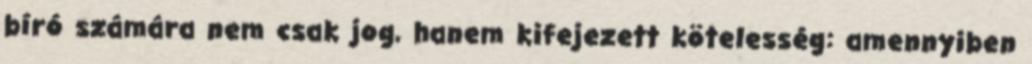
bíró számára nem csak jog, hanem kifejezett kötelesség: amennyiben